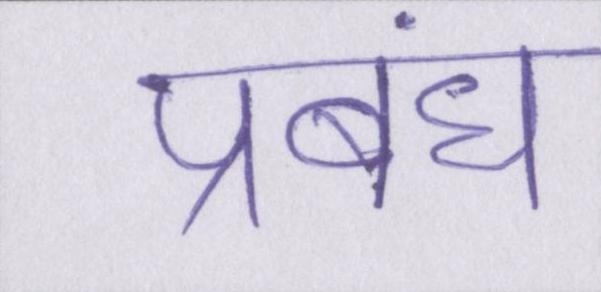
प्रबंध